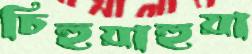
চিহুয়াহুয়া